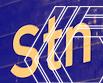
stn